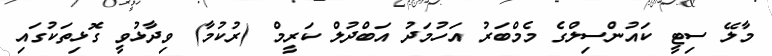
މާލޭ ސިޓީ ކައުންސިލްގެ މެމްބަރު އަހުމަދު އަބްދުލް ކަރީމް (ރުކުމާ) ވިދާޅުވީ ގޮޅިތަކުގައި